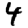
Digit: 4